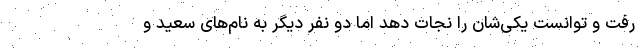
رفت و توانست یکی‌شان را نجات دهد اما دو نفر دیگر به نام‌های سعید و